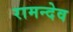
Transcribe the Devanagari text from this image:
रामन्देव